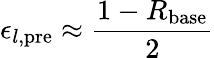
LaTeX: \epsilon_{l,\mathrm{pre}}\approx\frac{1-R_{\mathrm{base}}}{2}